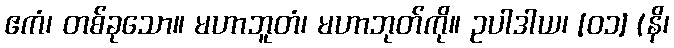
ဧကံ၊ တစ်ခုသော။ မဟာဘူတံ၊ မဟာဘုတ်ကို။ ဥပါဒါယ၊ [၀၁] (နိ၊